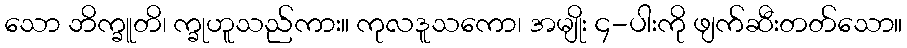
သော ဘိက္ခူတိ၊ က္ခုဟူသည်ကား။ ကုလဒူသကော၊ အမျိုး ၄-ပါးကို ဖျက်ဆီးတတ်သော။